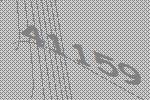
41159